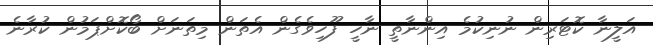
އަލީނާ ކޮޓަރިން ނުނިކުމެ އިންނާތީ ނާހީ ފޫހިވެގެން އެތަން މިތަނަށް ބޯކޮށްޕަމުން ކުރާނެ